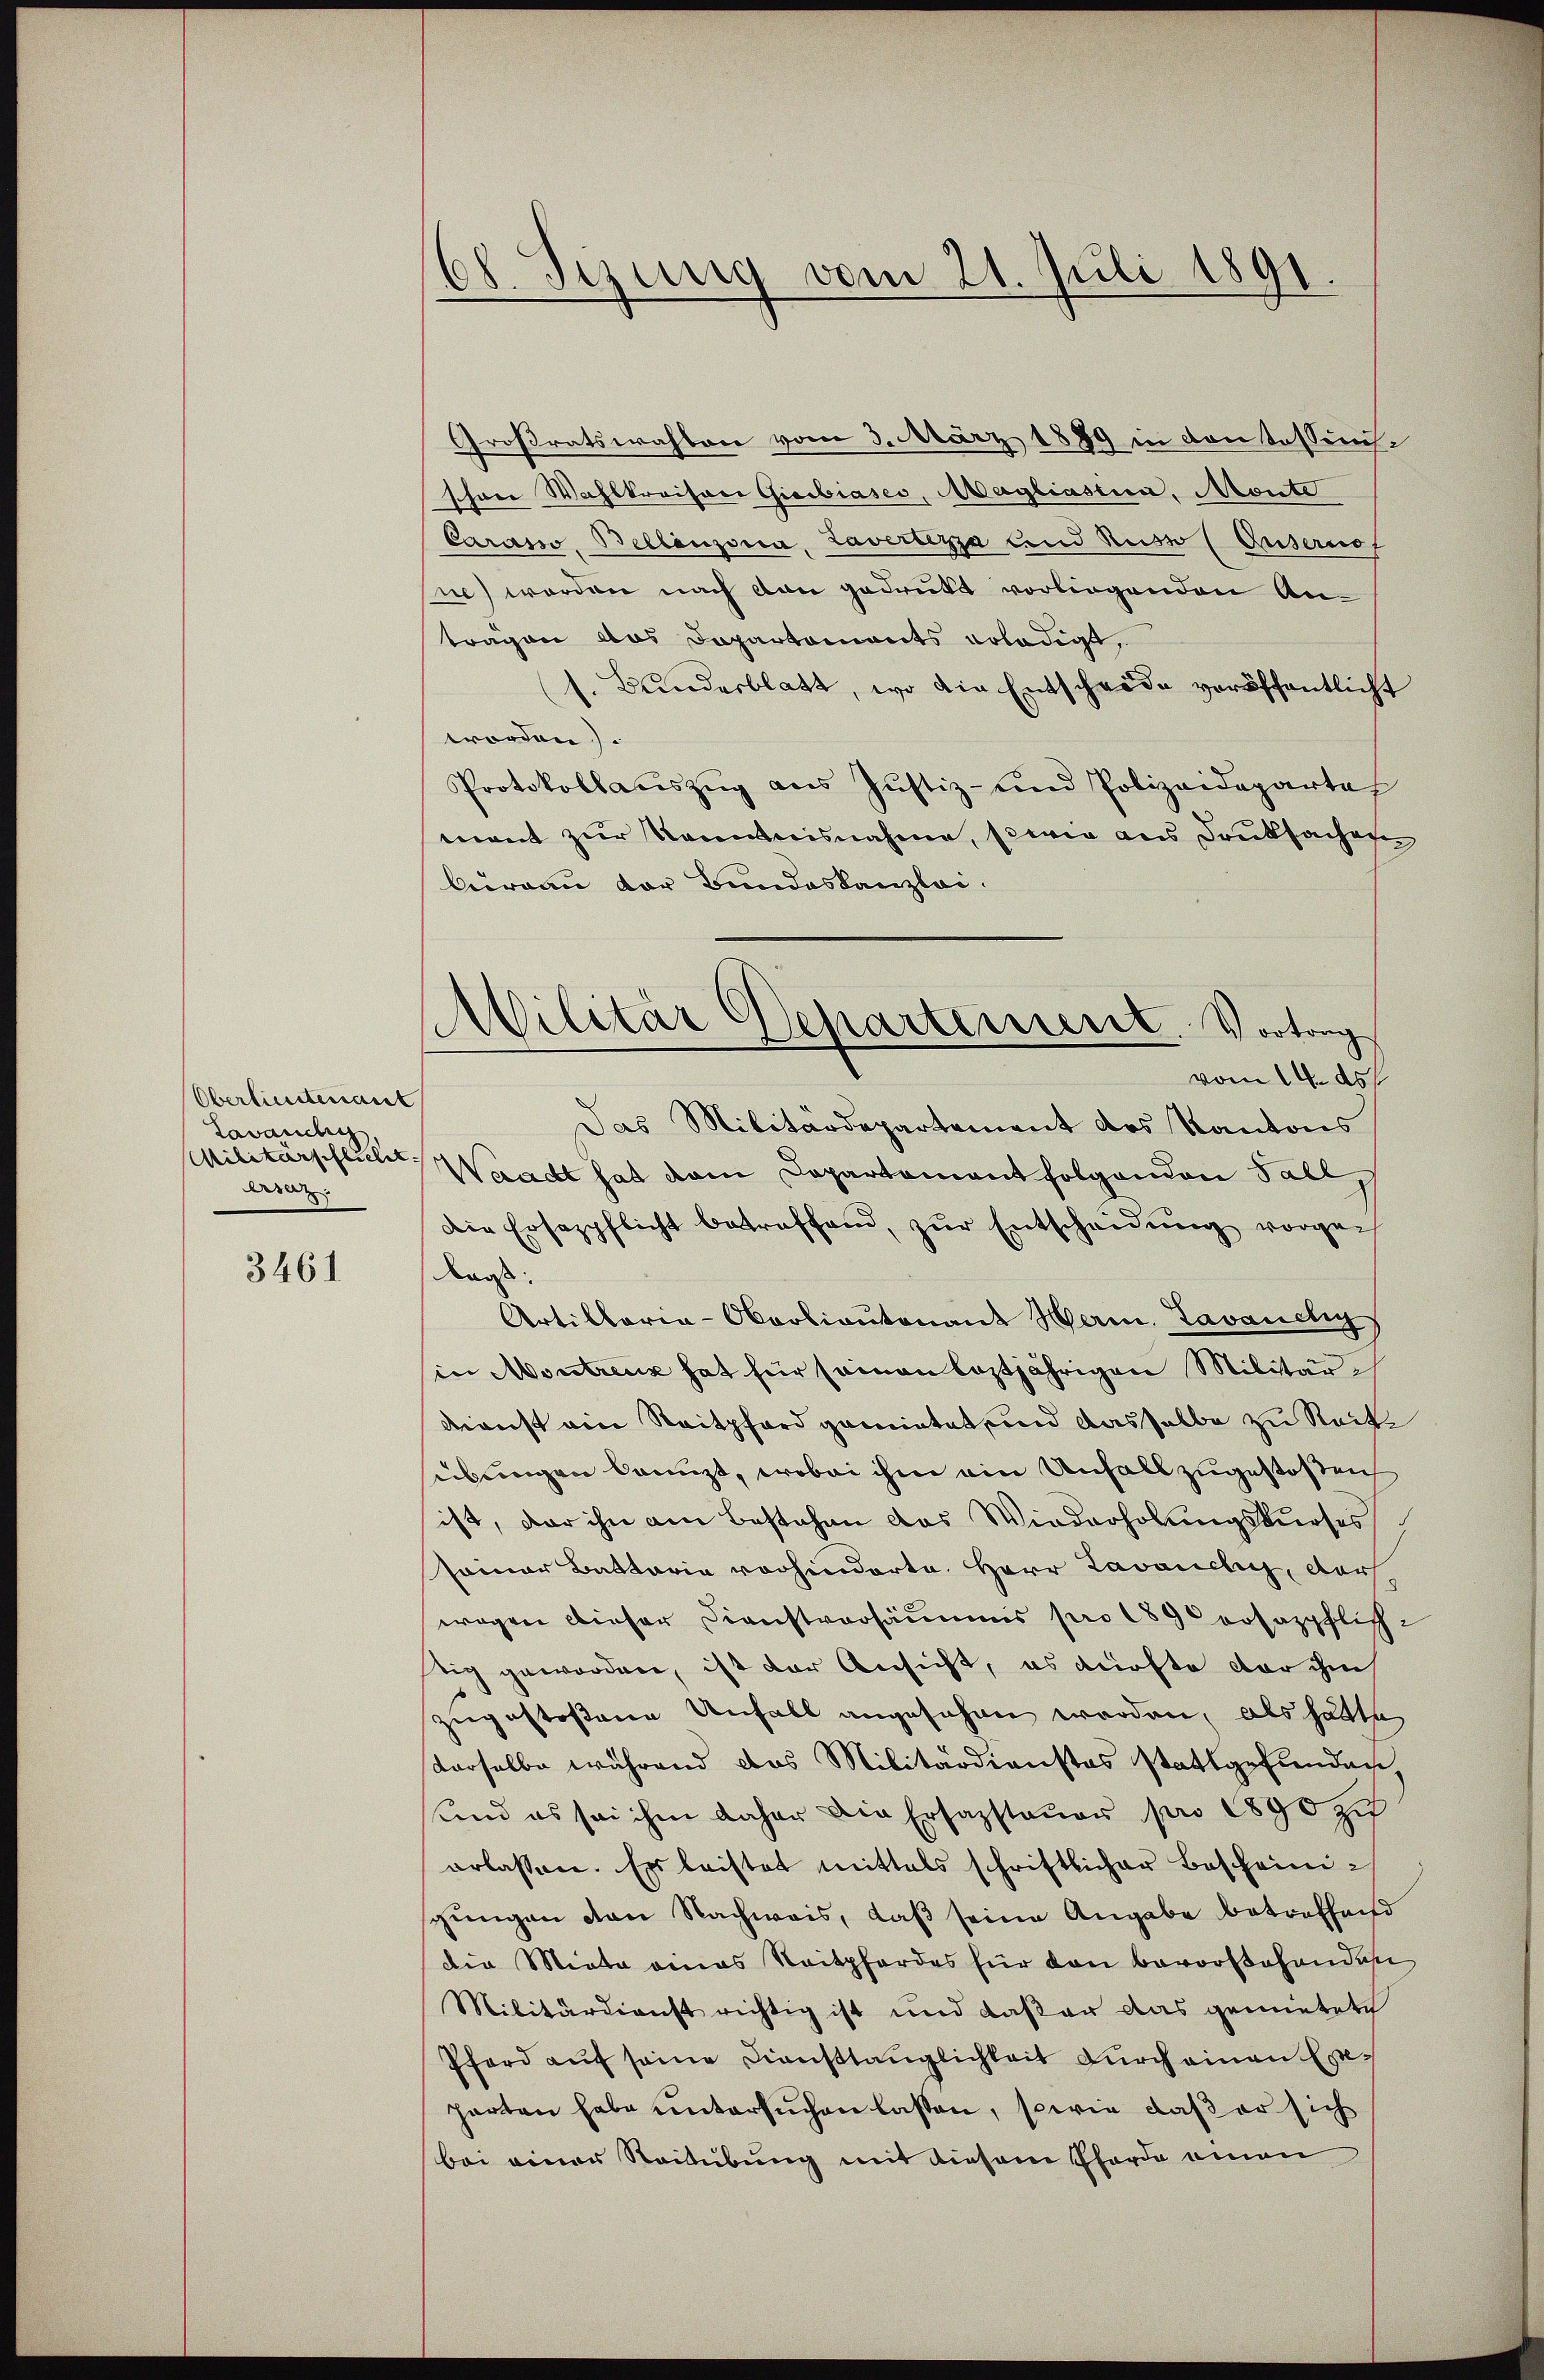
Oberlieutenant
Lavandig
Militärpflichet.
Araz:

3461

.
8. Sizung vom 21. Juli 1891.

Großratswahlen vom 3. März 1889 in von tossenshrne Wahlkreisser Gieibiases, Magliastia, Monte
Carasw, Bellanzona, Lavertezza und Russo (Gusernof
ne) werden nach von gedrukt vorliegenden Antragen das Departemonts erledigt,
1. Bunderblatt, wo die Entscheide veröffentlicht
worden).
Protokollaŭszŭg ans Jŭstiz- und Polizeideparte
mant zur Kenntnisnahme, sowie aus Druksachen
bureau vor Bundeskanzlei.
Das Militärdepartement des Kantons
Waadt hat dem Departament folgenden Fall,
die Ersazpflicht betreffend, zŭr Entscheidŭng vorgen
Kaost:
Artillaria-Oberlieŭtonant Herm. Tavanchy
in Montreux hat für samen leztjährigen Militärch
dienst ein Reitpferd gemietet und dasselbe zu Reitübungen bringt, wobei ihm ein Unfall zugestoßen
ist, der ihn am Bestehen das Wiederholungskurses
seiner Battaria vorhinderte. Herr Lavanchy, dar
wegen dieser Dienstversäumnis pro 1890 erhazpflich-
tig geworden, ist der Ansicht, es dürfte der ins
zugestossene Unfall angesehen werden, als hätte
derselbe während das Militärdienstes stattgefunden,
und es sei ihm daher die Ersazsteuer pro 1890 zu
erlassen. Es leistet mittels schriftlicher Bescheinigungen von Nachweis, daß seine Angabe betreffend
die Miete amas Reitpfordes für den bevorstehenden
Militärdienst richtig ist und daßer das gemietete
Pferd auf seine Diensttauglichkeit durch einen Exharten habe untersuchen lassen, sowie daß er sich
bei einer Reitübung mit diesem Pferde einen

Militär Departement. Vortrag
vom 14. ds